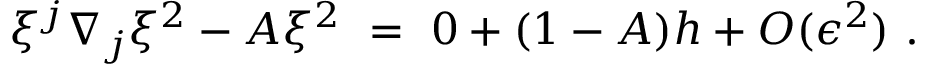
\xi ^ { j } \nabla _ { j } \xi ^ { 2 } - A \xi ^ { 2 } \ = \ 0 + ( 1 - A ) h + O ( \epsilon ^ { 2 } ) \ .